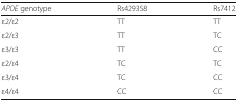
<table><thead><tr><td><b><i>APOE</i> genotype</b></td><td><b>Rs429358</b></td><td><b>Rs7412</b></td></tr></thead><tbody><tr><td>ε2/ε2</td><td>TT</td><td>TT</td></tr><tr><td>ε2/ε3</td><td>TT</td><td>TC</td></tr><tr><td>ε3/ε3</td><td>TT</td><td>CC</td></tr><tr><td>ε2/ε4</td><td>TC</td><td>TC</td></tr><tr><td>ε3/ε4</td><td>TC</td><td>CC</td></tr><tr><td>ε4/ε4</td><td>CC</td><td>CC</td></tr></tbody></table>